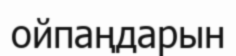
ойпаңдарын